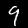
Label: 9